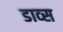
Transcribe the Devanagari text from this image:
डाव्स